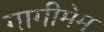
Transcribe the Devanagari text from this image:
गागीमेम